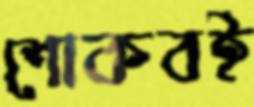
শোকবই